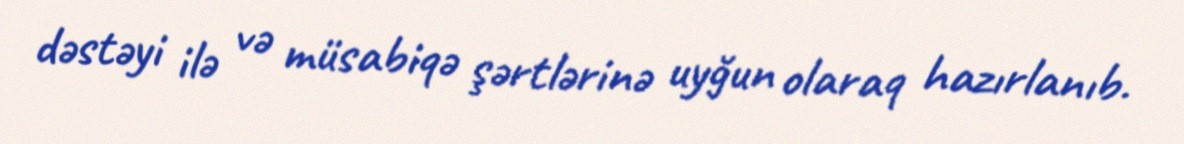
dəstəyi ilə və müsabiqə şərtlərinə uyğun olaraq hazırlanıb.